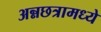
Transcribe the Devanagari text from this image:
अन्नछत्रामध्ये